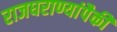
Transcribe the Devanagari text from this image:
राजघराण्यांपैकी